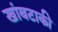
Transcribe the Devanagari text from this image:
खांबटाकी